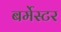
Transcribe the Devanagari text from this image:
बर्मेस्टर